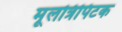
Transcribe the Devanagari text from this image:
मूलत्रिपिटक